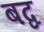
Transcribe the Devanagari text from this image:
बद्व